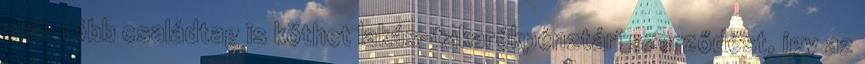
akár több családtag is köthet lakás-takarékpénztári szerződést, így az